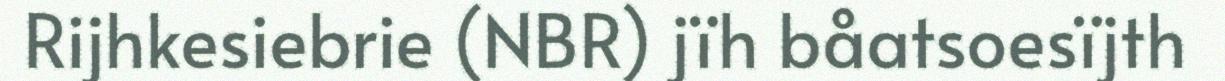
Rijhkesiebrie (NBR) jïh båatsoesïjth